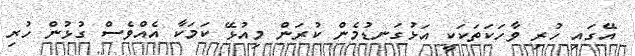
އޭގައި ހުރި ވާހަކަތަކަކީ އަޅުގަނޑުމެން ކުރަން މިއުޅޭ ކަމަކާ އެއްވެސް ގުޅުން ހުރި